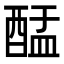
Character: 䣿